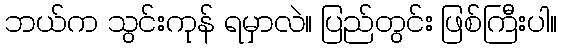
ဘယ်က သွင်းကုန် ရမှာလဲ။ ပြည်တွင်း ဖြစ်ကြီးပါ။